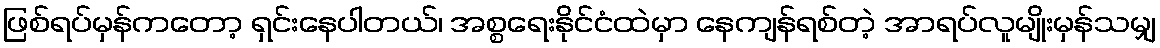
ဖြစ်ရပ်မှန်ကတော့ ရှင်းနေပါတယ်၊ အစ္စရေးနိုင်ငံထဲမှာ နေကျန်ရစ်တဲ့ အာရပ်လူမျိုးမှန်သမျှ